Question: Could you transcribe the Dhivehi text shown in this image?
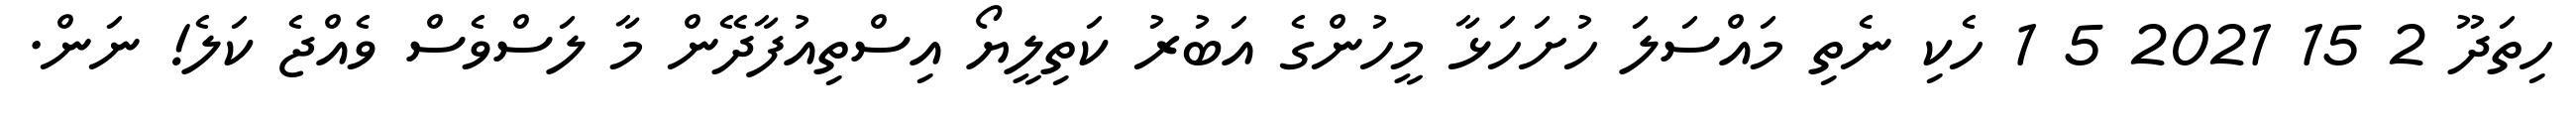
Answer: ހިތަދޫ 2 15 2021 5 1 ހެކި ނެތި މައްސަލަ ހުށަހަޅާ މީހުންގެ އަބުރު ކަތިލީޔޯ އިސްތިއުފާދޭން މާ ލަސްވެސް ވެއްޖެ ކަލެ! ނަން.